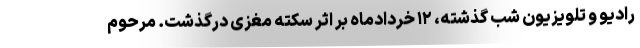
رادیو و تلویزیون شب گذشته، ۱۲ خردادماه بر اثر سکته مغزی درگذشت. مرحوم